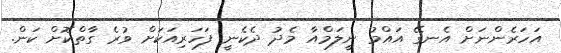
އަހަރެންނަށް އެނގޭ އައްމު ނީލަމްއާ މެދު ދެކެނީ ފަހަރިއަކަށް ވުރެ ގާތްކޮށް ކަން.